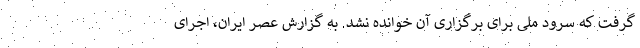
گرفت که سرود ملی برای برگزاری آن خوانده نشد. به گزارش عصر ایران، اجرای